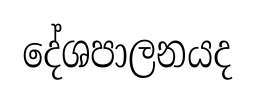
දේශපාලනයද